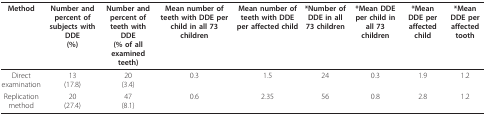
| Method | Number and percent of subjects with DDE(%) | Number and percent of teeth with DDE(% of all examined teeth) | Mean number of teeth with DDE per child in all 73 children | Mean number of teeth with DDE per affected child | *Number of DDE in all 73 children | *Mean DDE per child in all 73 children | *Mean DDE per affected child | *Mean DDE per affected tooth |
 | --- | --- | --- | --- | --- | --- | --- | --- | --- |
 | Direct examination | 13(17.8) | 20(3.4) | 0.3 | 1.5 | 24 | 0.3 | 1.9 | 1.2 |
 | Replication method | 20(27.4) | 47(8.1) | 0.6 | 2.35 | 56 | 0.8 | 2.8 | 1.2 |